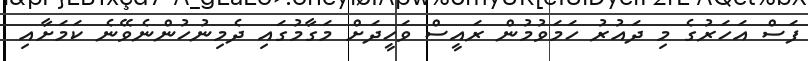
ފަސް އަހަރުގެ މި ދައުރު ހަމަވުމުން ރައީސް ވަހީދަށް މަގާމުގައި ދެމިނުހުންނެވޭނެ ކަމަށާއި